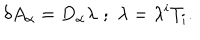
LaTeX: \delta A _ { \alpha } = D _ { \alpha } \lambda \, \, ; \, \, \lambda = \lambda ^ { i } T _ { i } .